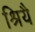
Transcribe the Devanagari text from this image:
श्रियै